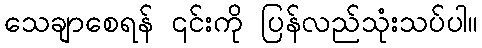
သေချာစေရန် ၎င်းကို ပြန်လည်သုံးသပ်ပါ။